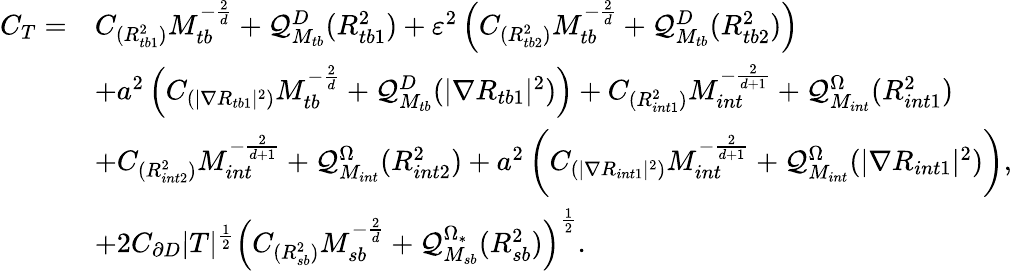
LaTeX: \begin{array}{rl}{C_{T}=}&{C_{({R_{tb1}^{2}})}M_{tb}^{-\frac{2}{d}}+\mathcal{Q}_{M_{tb}}^{D}(R_{tb1}^{2})+\varepsilon^{2}\left(C_{({R_{tb2}^{2}})}M_{tb}^{-\frac{2}{d}}+\mathcal{Q}_{M_{tb}}^{D}(R_{tb2}^{2})\right)}\\ &{+a^{2}\left(C_{(|\nabla R_{tb1}|^{2})}M_{tb}^{-\frac{2}{d}}+\mathcal{Q}_{M_{tb}}^{D}(|\nabla R_{tb1}|^{2})\right)+C_{({R_{int1}^{2}})}M_{int}^{-\frac{2}{d+1}}+\mathcal{Q}_{M_{int}}^{\Omega}(R_{int1}^{2})}\\ &{+C_{({R_{int2}^{2}})}M_{int}^{-\frac{2}{d+1}}+\mathcal{Q}_{M_{int}}^{\Omega}(R_{int2}^{2})+a^{2}\left(C_{(|\nabla R_{int1}|^{2})}M_{int}^{-\frac{2}{d+1}}+\mathcal{Q}_{M_{int}}^{\Omega}(|\nabla R_{int1}|^{2})\right),}\\ &{+2C_{\partial D}|T|^{\frac{1}{2}}\left(C_{({R_{sb}^{2}})}M_{sb}^{-\frac{2}{d}}+\mathcal{Q}_{M_{sb}}^{\Omega_{*}}(R_{sb}^{2})\right)^{\frac{1}{2}}.}\end{array}